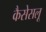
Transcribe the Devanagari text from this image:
कैसेसलू